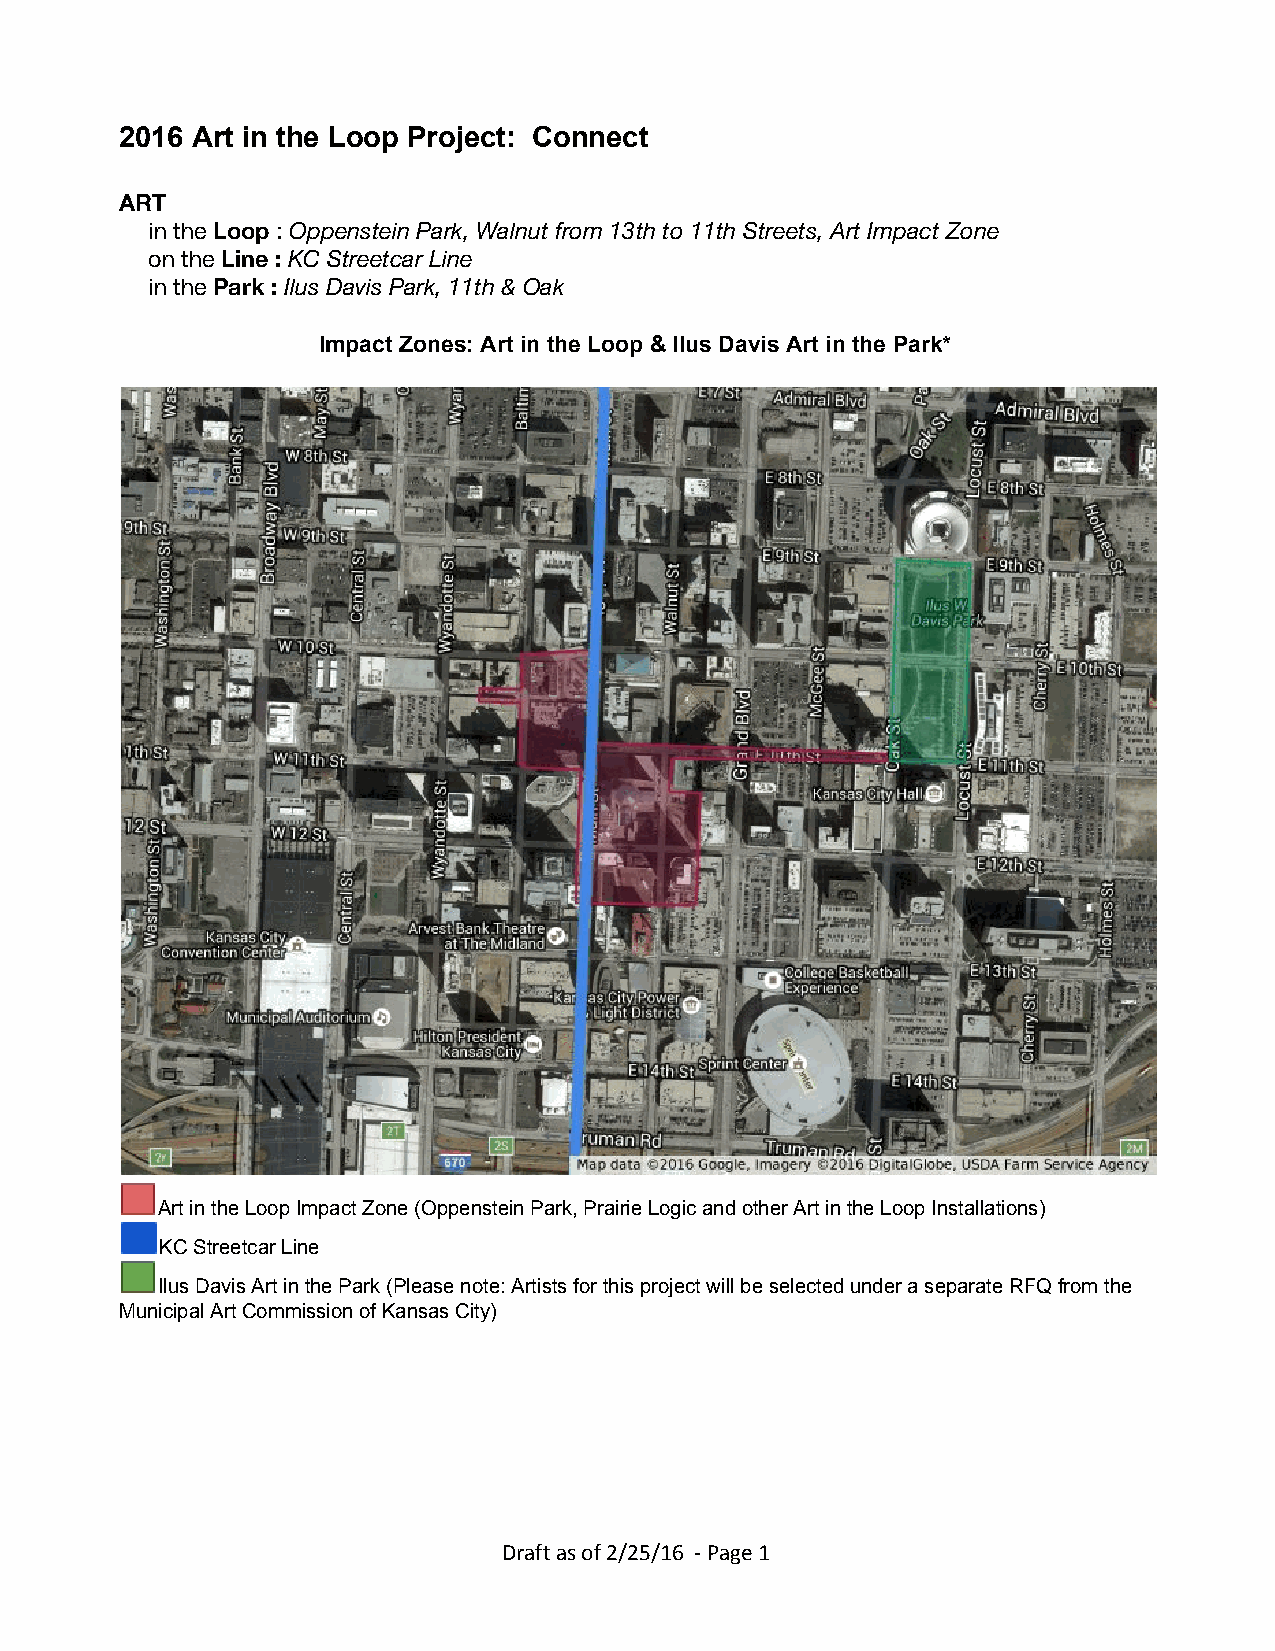
2016 Art in the Loop Project: Connect
 ART
 in the Loop : Oppenstein Park, Walnut from 13th to 11th Streets, Art Impact Zone
 ​   ​​
 on the Line : KC Streetcar Line
 ​   ​
 in the Park : Ilus Davis Park, 11th & Oak
 ​    ​
 Impact Zones: Art in the Loop & Ilus Davis Art in the Park*
 Art in the Loop Impact Zone (Oppenstein Park, Prairie Logic and other Art in the Loop Installations)
 KC Streetcar Line
 Ilus Davis Art in the Park (Please note: Artists for this project will be selected under a separate RFQ from the
 Municipal Art Commission of Kansas City)
 Draft as of 2/25/16 ‐ Page 1